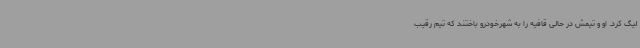
لیگ کرد. او و تیمش در حالی قافیه را به شهرخودرو باختند که تیم رقیب